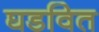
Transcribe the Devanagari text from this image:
घडवित